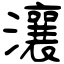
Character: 瀼